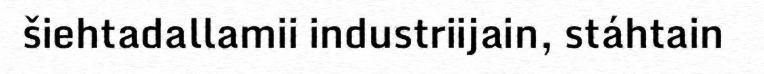
šiehtadallamii industriijain, stáhtain